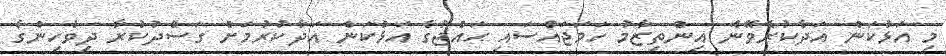
މި އަޅުކަން އަދާކުރެވޭނެ އިންތިޒާމު ހަމަޖައްސައި ޙައްޖުގެ އަޅުކަން އަދާކުރުމަށް ގަސްދުކުރާ ދިވެހިންގެ